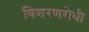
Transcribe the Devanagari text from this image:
विशरणरोधी